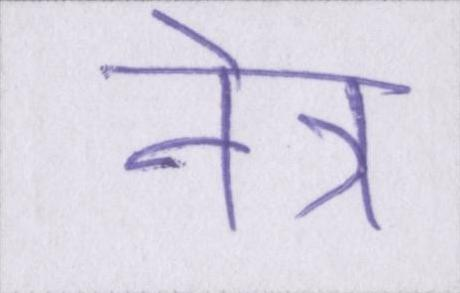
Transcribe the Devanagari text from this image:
नेत्र